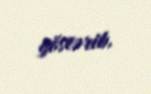
göstərib.